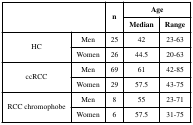
<table><thead><tr><td rowspan="2" colspan="2"></td><td rowspan="2"><b>n</b></td><td colspan="2"><b>Age</b></td></tr><tr><td><b>Median</b></td><td><b>Range</b></td></tr></thead><tbody><tr><td rowspan="2">HC</td><td>Men</td><td>25</td><td>42</td><td>23-63</td></tr><tr><td>Women</td><td>26</td><td>44.5</td><td>20-63</td></tr><tr><td rowspan="2">ccRCC</td><td>Men</td><td>69</td><td>61</td><td>42-85</td></tr><tr><td>Women</td><td>29</td><td>57.5</td><td>43-75</td></tr><tr><td rowspan="2">RCC chromophobe</td><td>Men</td><td>8</td><td>55</td><td>23-71</td></tr><tr><td>Women</td><td>6</td><td>57.5</td><td>31-75</td></tr></tbody></table>